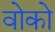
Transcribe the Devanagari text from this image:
वोको